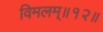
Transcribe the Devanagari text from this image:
विमलम्॥१२॥